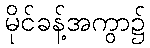
မိုင်ခန့်အကွာ၌